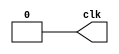
module Duty_cycle (
    output clk
);//调控占空比
parameter High_time =5,
           Low_time=20 ;
reg clk;
initial begin
    $dumpfile("tb_Duty_cycle");
    $dumpvars(0,Duty_cycle);
    repeat(10) begin
    clk=0;
    #Low_time clk=1;
    #High_time clk=0;
        end
end
endmodule